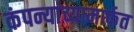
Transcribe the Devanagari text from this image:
कंपन्यांच्यामार्फत